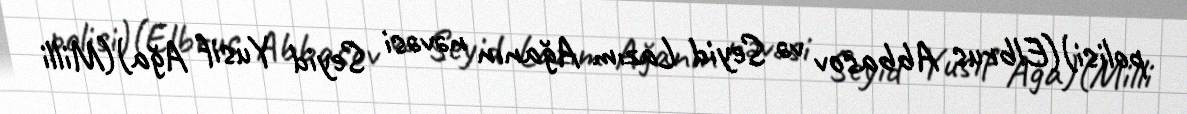
polisi)(Elbrus Abbasov və Seyid Lazım Ağanın nəvəsi Seyid Yusif Ağa)(Milli